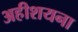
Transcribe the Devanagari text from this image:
अहीशयना